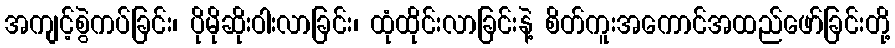
အကျင့်စွဲကပ်ခြင်း၊ ပိုမိုဆိုးဝါးလာခြင်း၊ ထုံထိုင်းလာခြင်းနဲ့ စိတ်ကူးအကောင်အထည်ဖော်ခြင်းတို့